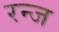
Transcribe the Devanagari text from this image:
रन्ज